Report of an investigation into the causes of malaria in Bombay and the measures necessary for its control
Disease focus: Malaria
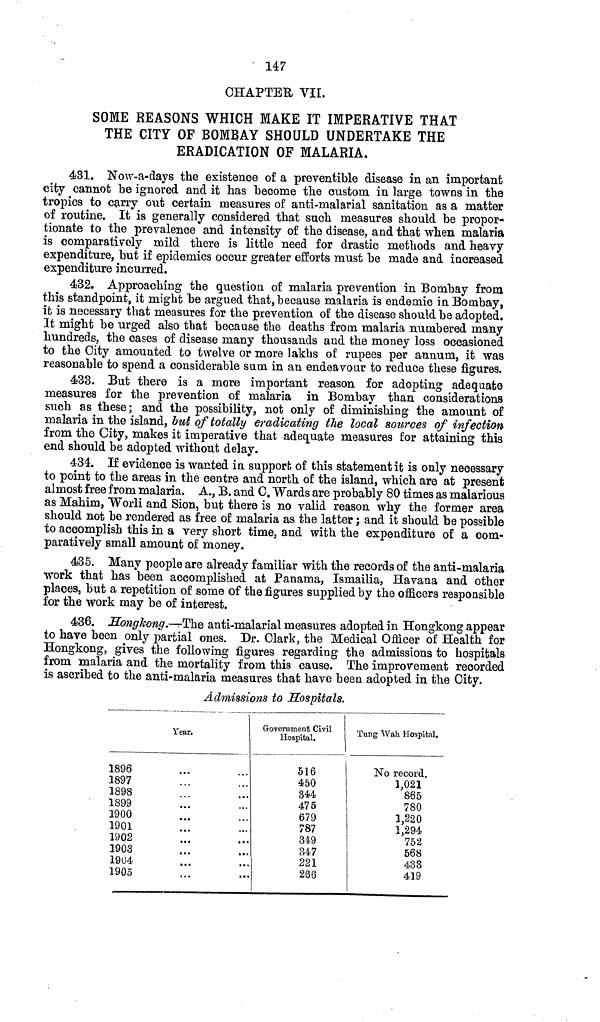
147
CHAPTER VII.
SOME REASONS WHICH MAKE IT IMPERATIVE THAT
THE CITY OF BOMBAY SHOULD UNDERTAKE THE
ERADICATION OF MALARIA.
431. Now-a-days the existence of a preventible disease in an important
city cannot be ignored and it has become the custom in large towns in the
tropics to carry out certain measures of anti-malarial sanitation as a matter
of routine. It is generally considered that such measures should be propor-
tionate to the prevalence and intensity of the disease, and that when malaria
is comparatively mild there is little need for drastic methods and heavy
expenditure, but if epidemics occur greater efforts must be made and increased
expenditure incurred.
432. Approaching the question of malaria prevention in Bombay from
this standpoint, it might be argued that, because malaria is endemic in Bombay,
it is necessary that measures for the prevention of the disease should be adopted.
It might be urged also that because the deaths from malaria numbered many
hundreds, the cases of disease many thousands and the money loss occasioned
to the City amounted to twelve or more lakhs of rupees per annum, it was
reasonable to spend a considerable sum in an endeavour to reduce these figures.
433. But there is a more important reason for adopting adequate
measures for the prevention of malaria in Bombay than considerations
such as these; and the possibility, not only of diminishing the amount of
malaria in the island, but of totally eradicating the local sources of infection
from the City, makes it imperative that adequate measures for attaining this
end should be adopted without delay.
434. If evidence is wanted in support of this statement it is only necessary
to point to the areas in the centre and north of the island, which are at present
almost free from malaria. A., B. and C. Wards are probably 80 times as malarious
as Mahim, Worli and Sion, but there is no valid reason why the former area
should not be rendered as free of malaria as the latter; and it should be possible
to accomplish this in a very short time, and with the expenditure of a com-
paratively small amount of money.
435. Many people are already familiar with the records of the anti-malaria
work that has been accomplished at Panama, Ismailia, Havana and other
places, but a repetition of some of the figures supplied by the officers responsible
for the work may be of interest.
436. Hongkong.—The anti-malarial measures adopted in Hongkong appear
to have been only partial ones. Dr. Clark, the Medical Officer of Health for
Hongkong, gives the following figures regarding the admissions to hospitals
from malaria and the mortality from this cause. The improvement recorded
is ascribed to the anti-malaria measures that have been adopted in the City.
Admissions to Hospitals.
1896
1897
1898
1899
1900
1901
1902
1903
1904
1905
Year.
Government Civil
Hospital.
516
450
344
475
679
787
349
347
221
266
Tung Wah Hospital.
No record.
1,021
865
780
1,220
1,294
752
568
433
419